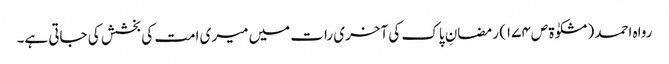
رواہ احمد (مشکوٰۃ ص١٧٤) رمضانِ پاک کی آخری رات میں میری امت کی بخشش کی جاتی ہے۔